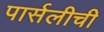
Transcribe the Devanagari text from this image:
पार्सलीची